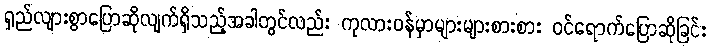
ရှည်လျားစွာပြောဆိုလျက်ရှိသည့်အခါတွင်လည်း ကုလားဝန်မှာများများစားစား ဝင်ရောက်ပြောဆိုခြင်း